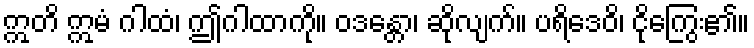
ဣတိ ဣမံ ဂါထံ၊ ဤဂါထာကို။ ဝဒန္တော၊ ဆိုလျက်။ ပရိဒေဝိ၊ ငိုကြွေး၏။